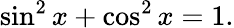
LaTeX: \sin^{2}x+\cos^{2}x=1.